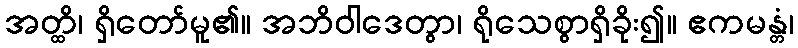
အတ္ထိ၊ ရှိတော်မူ၏။ အဘိဝါဒေတွာ၊ ရိုသေစွာရှိခိုး၍။ ဧကမန္တံ၊